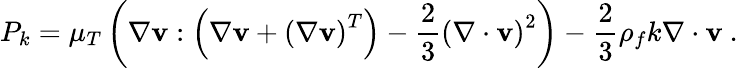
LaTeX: P_{k}=\mu_{T}\left(\nabla\mathbf{v}:\left(\nabla\mathbf{v}+\left(\nabla\mathbf{v}\right)^{T}\right)-\frac{2}{3}\left(\nabla\cdot\mathbf{v}\right)^{2}\right)-\frac{2}{3}\rho_{f}k\nabla\cdot\mathbf{v}\mathrm{~.~}